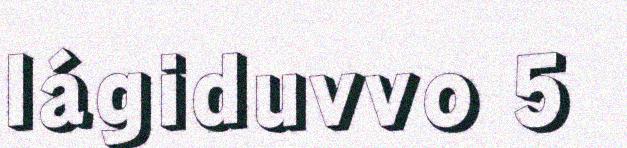
lágiduvvo 5